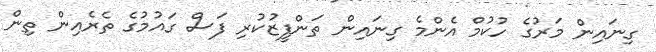
ގިނައިން މަރުގެ ހުކުމް އެންމެ ގިނައިން ތަންފީޒުކުރި ފަސް ގައުމުގެ ތެރެއިން ތިން